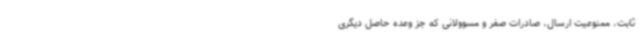
ثابت، ممنوعیت ارسال، صادرات صفر و مسوولانی که جز وعده حاصل دیگری